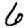
Digit: 6